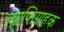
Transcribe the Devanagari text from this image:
व्याप्तिग्राहक